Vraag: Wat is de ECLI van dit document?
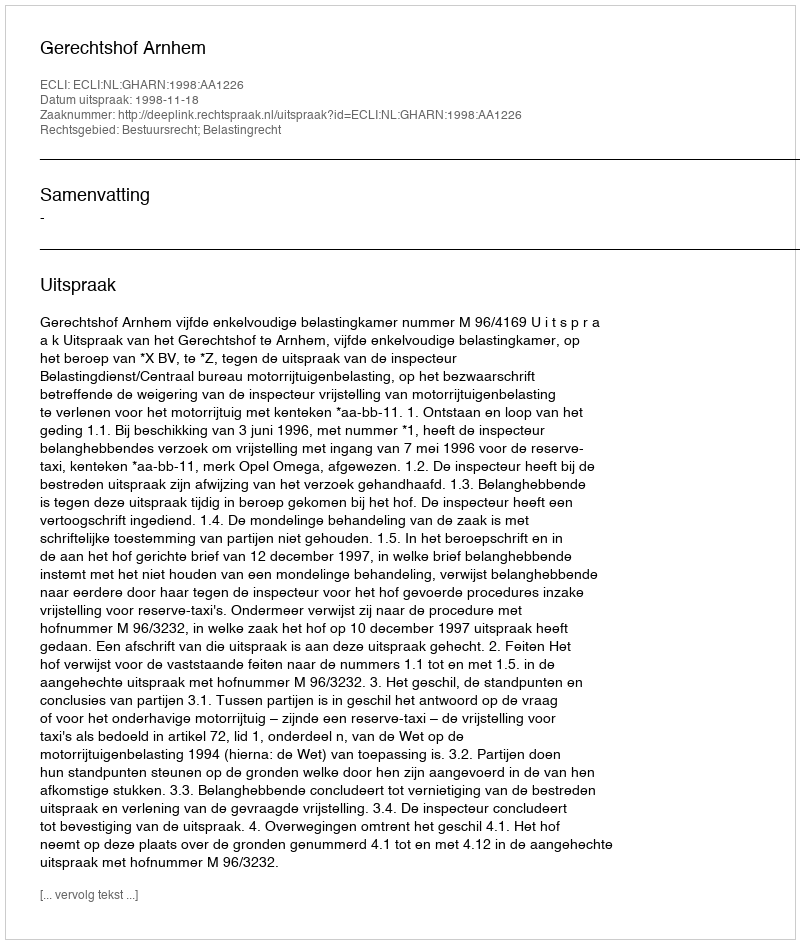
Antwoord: ECLI:NL:GHARN:1998:AA1226